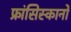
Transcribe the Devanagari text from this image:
फ्रांसिस्कानों